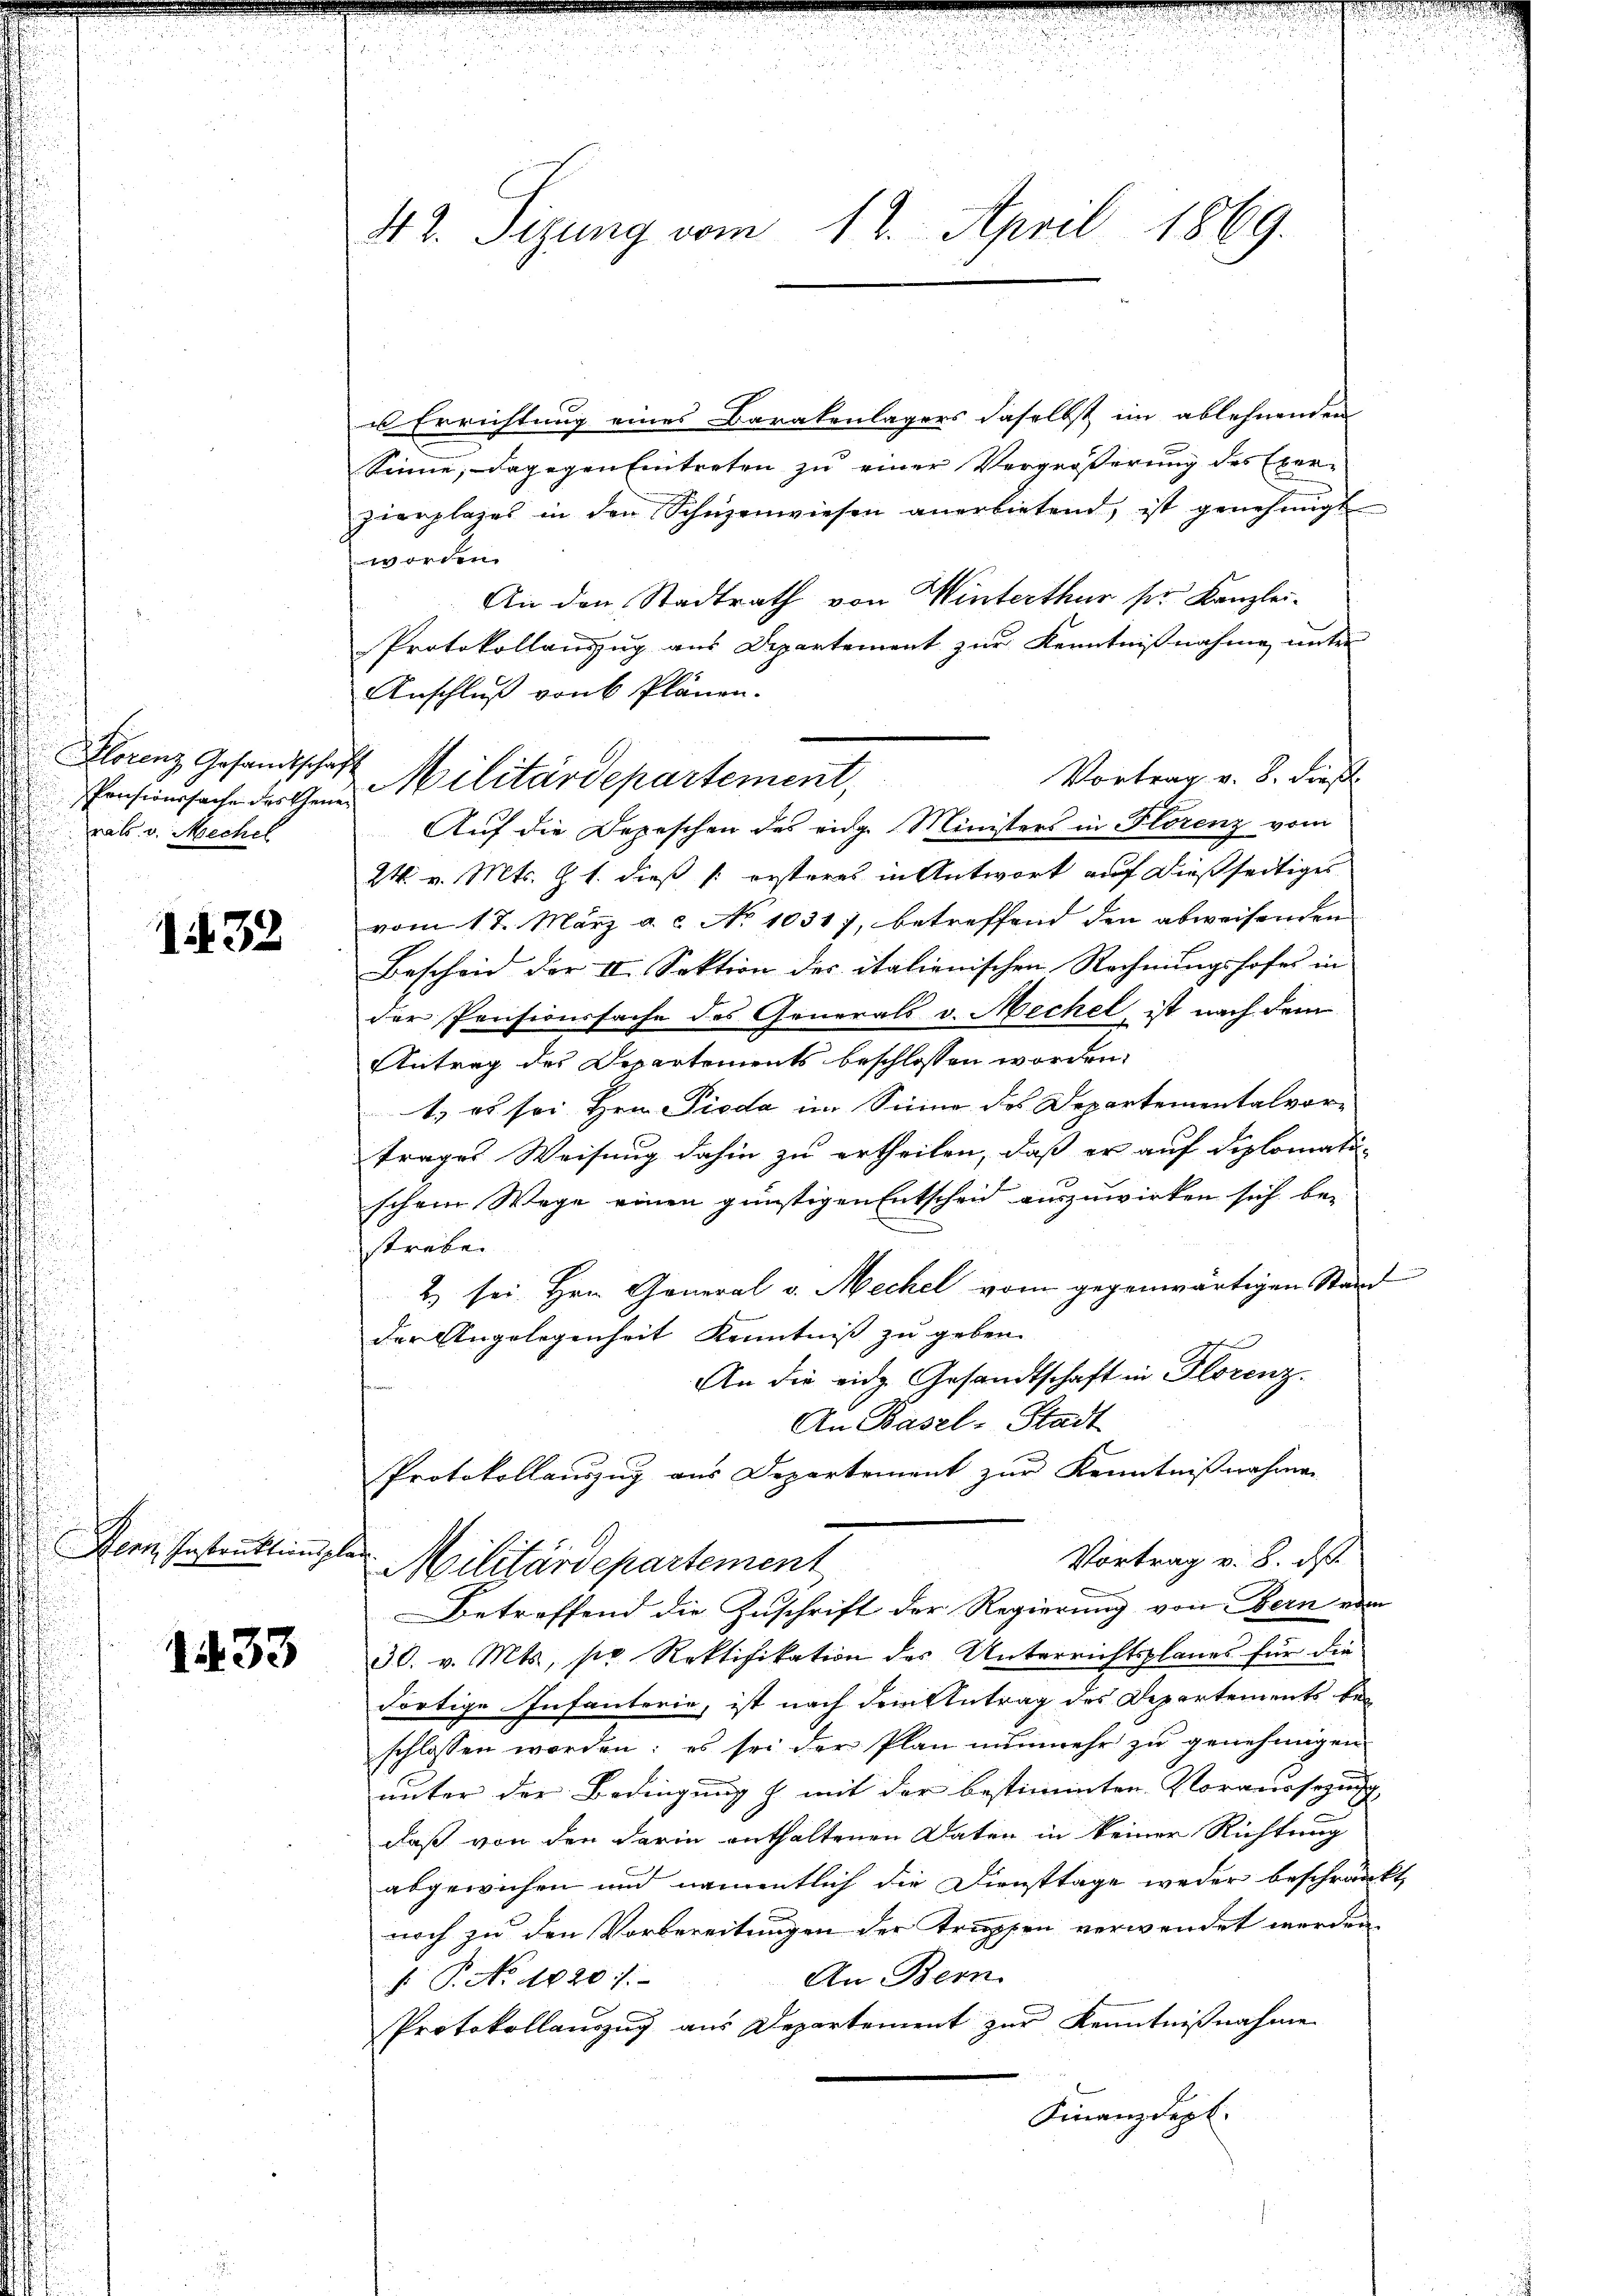
Florenz Gesandtschaft
Pensionssache des Generats. v. Mechel

32

Hern Instruktionsplan

1433

12. April 1869.
42. Sizung vom

u Errichtung eines Barakenlagers daselbst im ablehnenden
Sinne, dagegen Eintreten zu einer Vergrößerung des Exerzierplages in den Schüzenwiesen anerbietend, ist genehmigt
worden.
An den Stadtrath von Winterthur ser Kanzlei¬
Protokollauszug aus Departement zur Kenntnißnahme unter
Anschluß von 6 Plänen.
Vortrag v. 8. dieß
Auf die Depeschen des eidg. Ministers in Florenz vom
24. v. Mts. Z. 1. dieß (: ersteres in Antwort auf dießseitiges
vom 17. März a.c. No 10317, betreffend den abweisenden
Bescheid der II. Sektion der italienischen Rechnungshofes in
der Pensionssache des Generals v. Mechel ist nach dem
Antrag des Departements beschlossen worden.
1.) es sei Hrn. Pioda im Sinne des Departementalvor-
trages Weisung dahin zu ertheilen, daß er auf diplomati-
schem Wege einen günstigen Entscheid auszuwirken sich be-
strebe.
2) sei Hrn. General v. Mechel vom gegenwärtigen Stand
der Angelegenheit Kenntniß zu geben.
e
An die rich Gesandtschaft in Florenz.
f
An Basel-Stadt
Protokollauszug aus Departement zur Kenntnißnahmen
Vortrag v. 8. d.
Militärdepartement
Betreffend die Zuschrift der Regierung von Bern ein
30. v. Mts. pr Rektifikation des Unterrichtsplanes für die
dortige Infanterie, ist nach dem Antrag des Departements beschlossen worden; es sei der Plan nunmehr zu genehmigen
unter der Bedingung & mit der bestimmten Voraussezung
daß von den darin enthaltenen Daten in keiner Richtung
abgewichen und namentlich die Diensttage weder beschränkt,
noch zu den Vorbereitungen der Truppen verwendet werden
An Bern
§ P. No. 1820.
Protokollauszug aus Departement zur Kenntnißnahme
Finanzdept.

Militärdepartement,